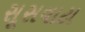
સૂસવાટા